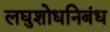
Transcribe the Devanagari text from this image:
लघुशोधनिबंध